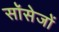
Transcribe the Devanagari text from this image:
सॉसेजों